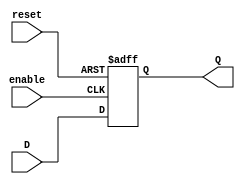
module D_latch (
    input wire D,
    input wire enable,
    input wire reset,
    output reg Q
);

always @ (posedge reset or posedge enable)
begin
    if (reset)
        Q <= 1'b0;
    else if (enable)
        Q <= D;
end

endmodule